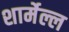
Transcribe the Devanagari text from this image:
शार्मेल्ल